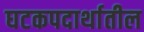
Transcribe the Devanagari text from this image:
घटकपदार्थातील